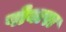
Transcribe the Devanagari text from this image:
पोबारा